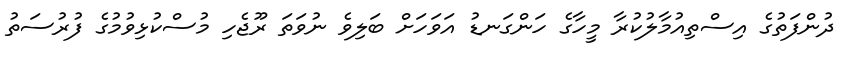
ދުންފަތުގެ އިސްތިއުމާލުކުރާ މީހާގެ ހަންގަނޑު އަވަހަށް ބަލިވެ ނުވަތަ ރޫޖެހި މުސްކުޅިވުމުގެ ފުރުސަތު